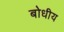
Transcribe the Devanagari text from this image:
बोधीय